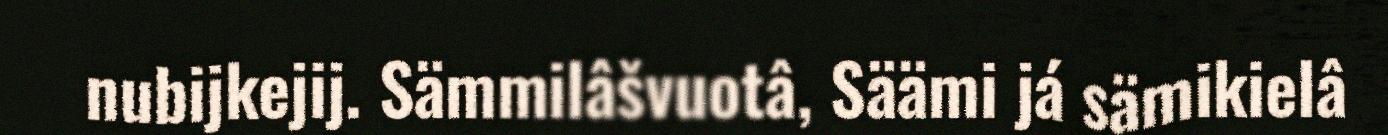
nubijkejij. Sämmilâšvuotâ, Säämi já sämikielâ